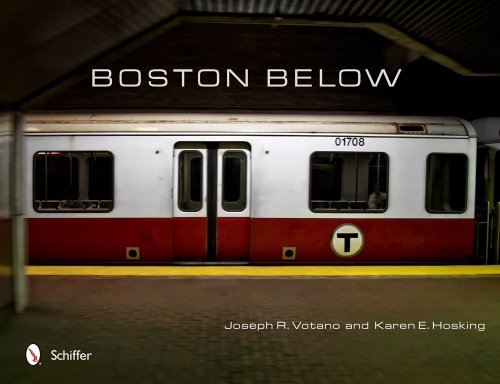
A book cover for Boston Below; Joseph R. Votano; Engineering & Transportation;